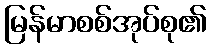
မြန်မာစစ်အုပ်စု၏